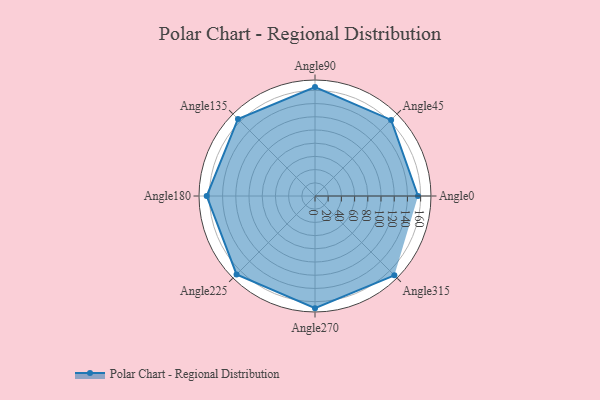
{"axis": {"x": "Angle", "y": "Radius"}, "legend": [""], "data": [{"x": "Angle0", "y": 156.0, "type": ""}, {"x": "Angle45", "y": 163.0, "type": ""}, {"x": "Angle90", "y": 165.0, "type": ""}, {"x": "Angle135", "y": 165.0, "type": ""}, {"x": "Angle180", "y": 164.0, "type": ""}, {"x": "Angle225", "y": 168.0, "type": ""}, {"x": "Angle270", "y": 170, "type": ""}, {"x": "Angle315", "y": 170, "type": ""}]}